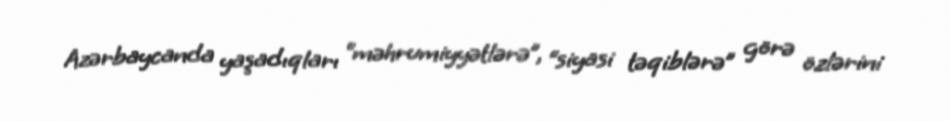
Azərbaycanda yaşadıqları “məhrumiyyətlərə”, “siyasi təqiblərə” görə özlərini